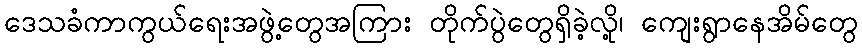
ဒေသခံကာကွယ်ရေးအဖွဲ့တွေအကြား တိုက်ပွဲတွေရှိခဲ့လို့၊ ကျေးရွာနေအိမ်တွေ